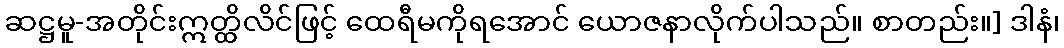
ဆဋ္ဌမူ-အတိုင်းဣတ္ထိလိင်ဖြင့် ထေရီမကိုရအောင် ယောဇနာလိုက်ပါသည်။ စာတည်း။] ဒါနံ၊